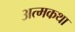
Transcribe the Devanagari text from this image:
अत्मकथा